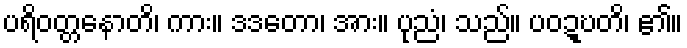
ပရိဝတ္တနောတိ၊ ကား။ ဒဒတော၊ အား။ ပုညံ၊ သည်။ ပဝဍ္ဎတိ၊ ၏။